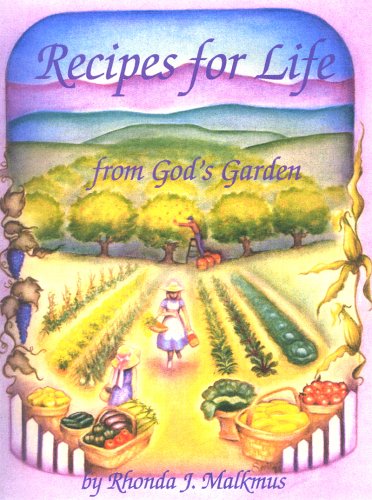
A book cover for Recipes For Life From God's Garden; Rhonda J. Malkmus; Cookbooks, Food & Wine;